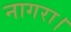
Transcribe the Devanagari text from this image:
नागरा।